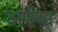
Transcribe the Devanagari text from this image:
अर्पणा